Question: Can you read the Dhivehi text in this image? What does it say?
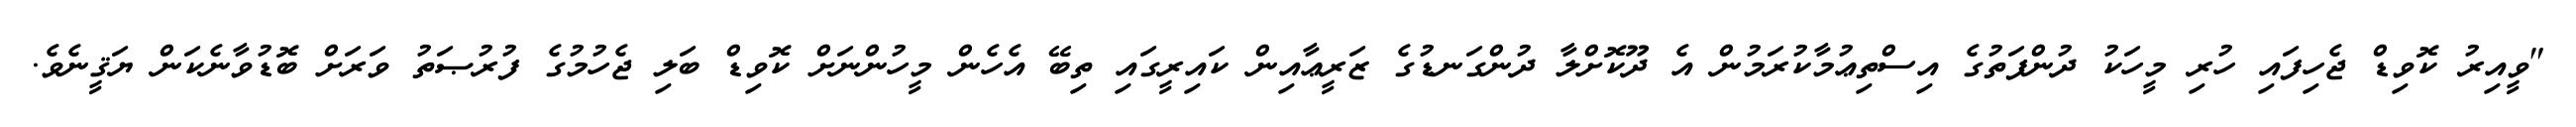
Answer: "ވީއިރު ކޮވިޑް ޖެހިފައި ހުރި މީހަކު ދުންފަތުގެ އިސްތިޢުމާކުރަމުން އެ ދޫކޮށްލާ ދުންގަނޑުގެ ޒަރީޢާއިން ކައިރީގައި ތިބޭ އެހެން މީހުންނަށް ކޮވިޑް ބަލި ޖެހުމުގެ ފުރުޞަތު ވަރަށް ބޮޑުވާނެކަން ޔަޤީނެވެ.